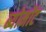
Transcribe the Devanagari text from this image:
ब्योमोंट